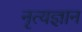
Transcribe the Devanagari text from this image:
नृत्यज्ञान